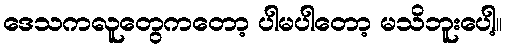
ဒေသကလူတွေကတော့ ပါမပါတော့ မသိဘူးပေါ့။